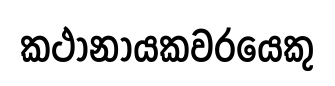
කථානායකවරයෙකු